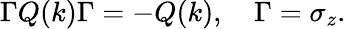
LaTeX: \Gamma Q(k)\Gamma=-Q(k),\quad\Gamma=\sigma_{z}.